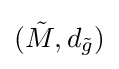
({\tilde {M}},d_{\tilde {g}})